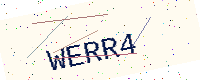
Text: WERR4